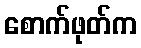
စောက်ဖုတ်က